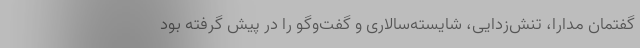
گفتمان مدارا، تنش‌زدایی، شایسته‌سالاری و گفت‌وگو را در پیش گرفته بود